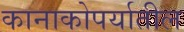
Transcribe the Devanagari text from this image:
कानाकोपर्यातील